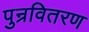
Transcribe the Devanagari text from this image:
पुन्रवितरण